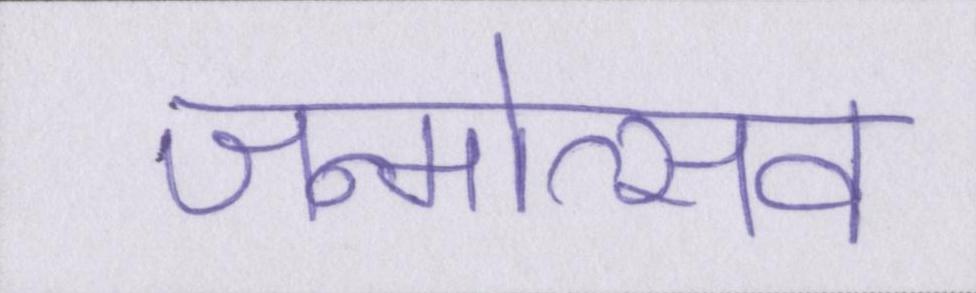
जन्मोत्सव